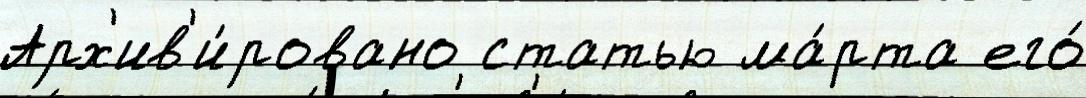
Арх'ив'и́ровано статью ма́рта его́